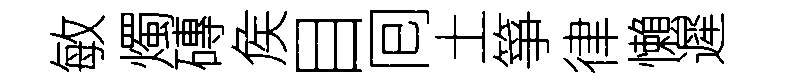
敏燭磚矦目囘土箏律懶遲